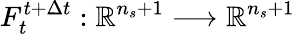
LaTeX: F_{t}^{t+\Delta t}:\mathbb{R}^{n_{s}+1}\longrightarrow\mathbb{R}^{n_{s}+1}